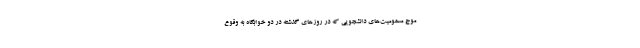
موج مسمومیت‌های دانشجویی که در روزهای گذشته در دو خوابگاه به وقوع